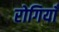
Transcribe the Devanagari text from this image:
रोगियाँ